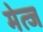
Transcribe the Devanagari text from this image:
मेत्ज